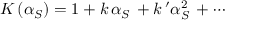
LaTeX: K \left( \alpha _ { S } \right) = 1 + k \, \alpha _ { S } \, + k \, ^ { \prime } \alpha _ { S } ^ { 2 } \, + \cdots